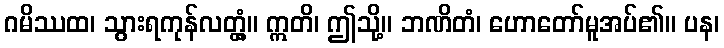
ဂမိဿထ၊ သွားရကုန်လတ္တံ့။ ဣတိ၊ ဤသို့။ ဘဏိတံ၊ ဟောတော်မူအပ်၏။ ပန၊